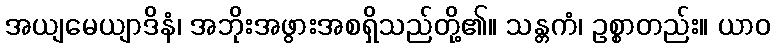
အယျမေယျာဒိနံ၊ အဘိုးအဖွားအစရှိသည်တို့၏။ သန္တကံ၊ ဥစ္စာတည်း။ ယာဝ